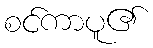
စင်ကာပူ၏